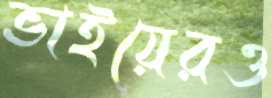
ভাইয়েরও